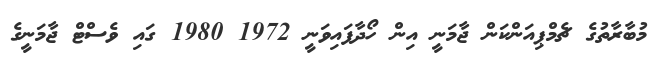
މުބާރާތުގެ ޗެމްޕިއަންކަން ޖާމަނީ އިން ހޯދާފައިވަނީ 1972 1980 ގައި ވެސްޓް ޖާމަނީގެ